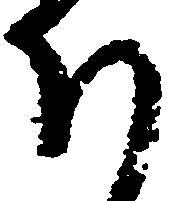
下